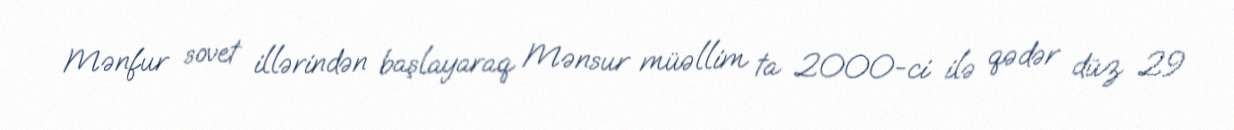
Mənfur sovet illərindən başlayaraq Mənsur müəllim ta 2000-ci ilə qədər düz 29